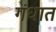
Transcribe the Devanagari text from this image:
गंधात